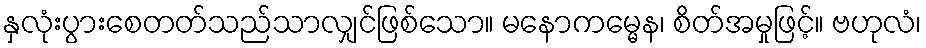
နှလုံးပွားစေတတ်သည်သာလျှင်ဖြစ်သော။ မနောကမ္မေန၊ စိတ်အမှုဖြင့်။ ဗဟုလံ၊